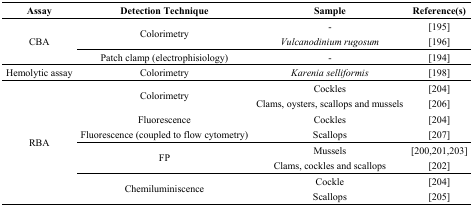
| Assay | Detection Technique | Sample | Reference(s) |
 | --- | --- | --- | --- |
 | <ROWSPAN=3> CBA | <ROWSPAN=2> Colorimetry | - | [195] |
 | Vulcanodinium rugosum | [196] |
 | Patch clamp (electrophisiology) | - | [194] |
 | Hemolytic assay | Colorimetry | Karenia selliformis | [198] |
 | <ROWSPAN=8> RBA | <ROWSPAN=2> Colorimetry | Cockles | [204] |
 | Clams, oysters, scallops and mussels | [206] |
 | Fluorescence | Cockles | [204] |
 | Fluorescence (coupled to flow cytometry) | Scallops | [207] |
 | <ROWSPAN=2> FP | Mussels | [200,201,203] |
 | Clams, cockles and scallops | [202] |
 | <ROWSPAN=2> Chemiluminiscence | Cockle | [204] |
 | Scallops | [205] |